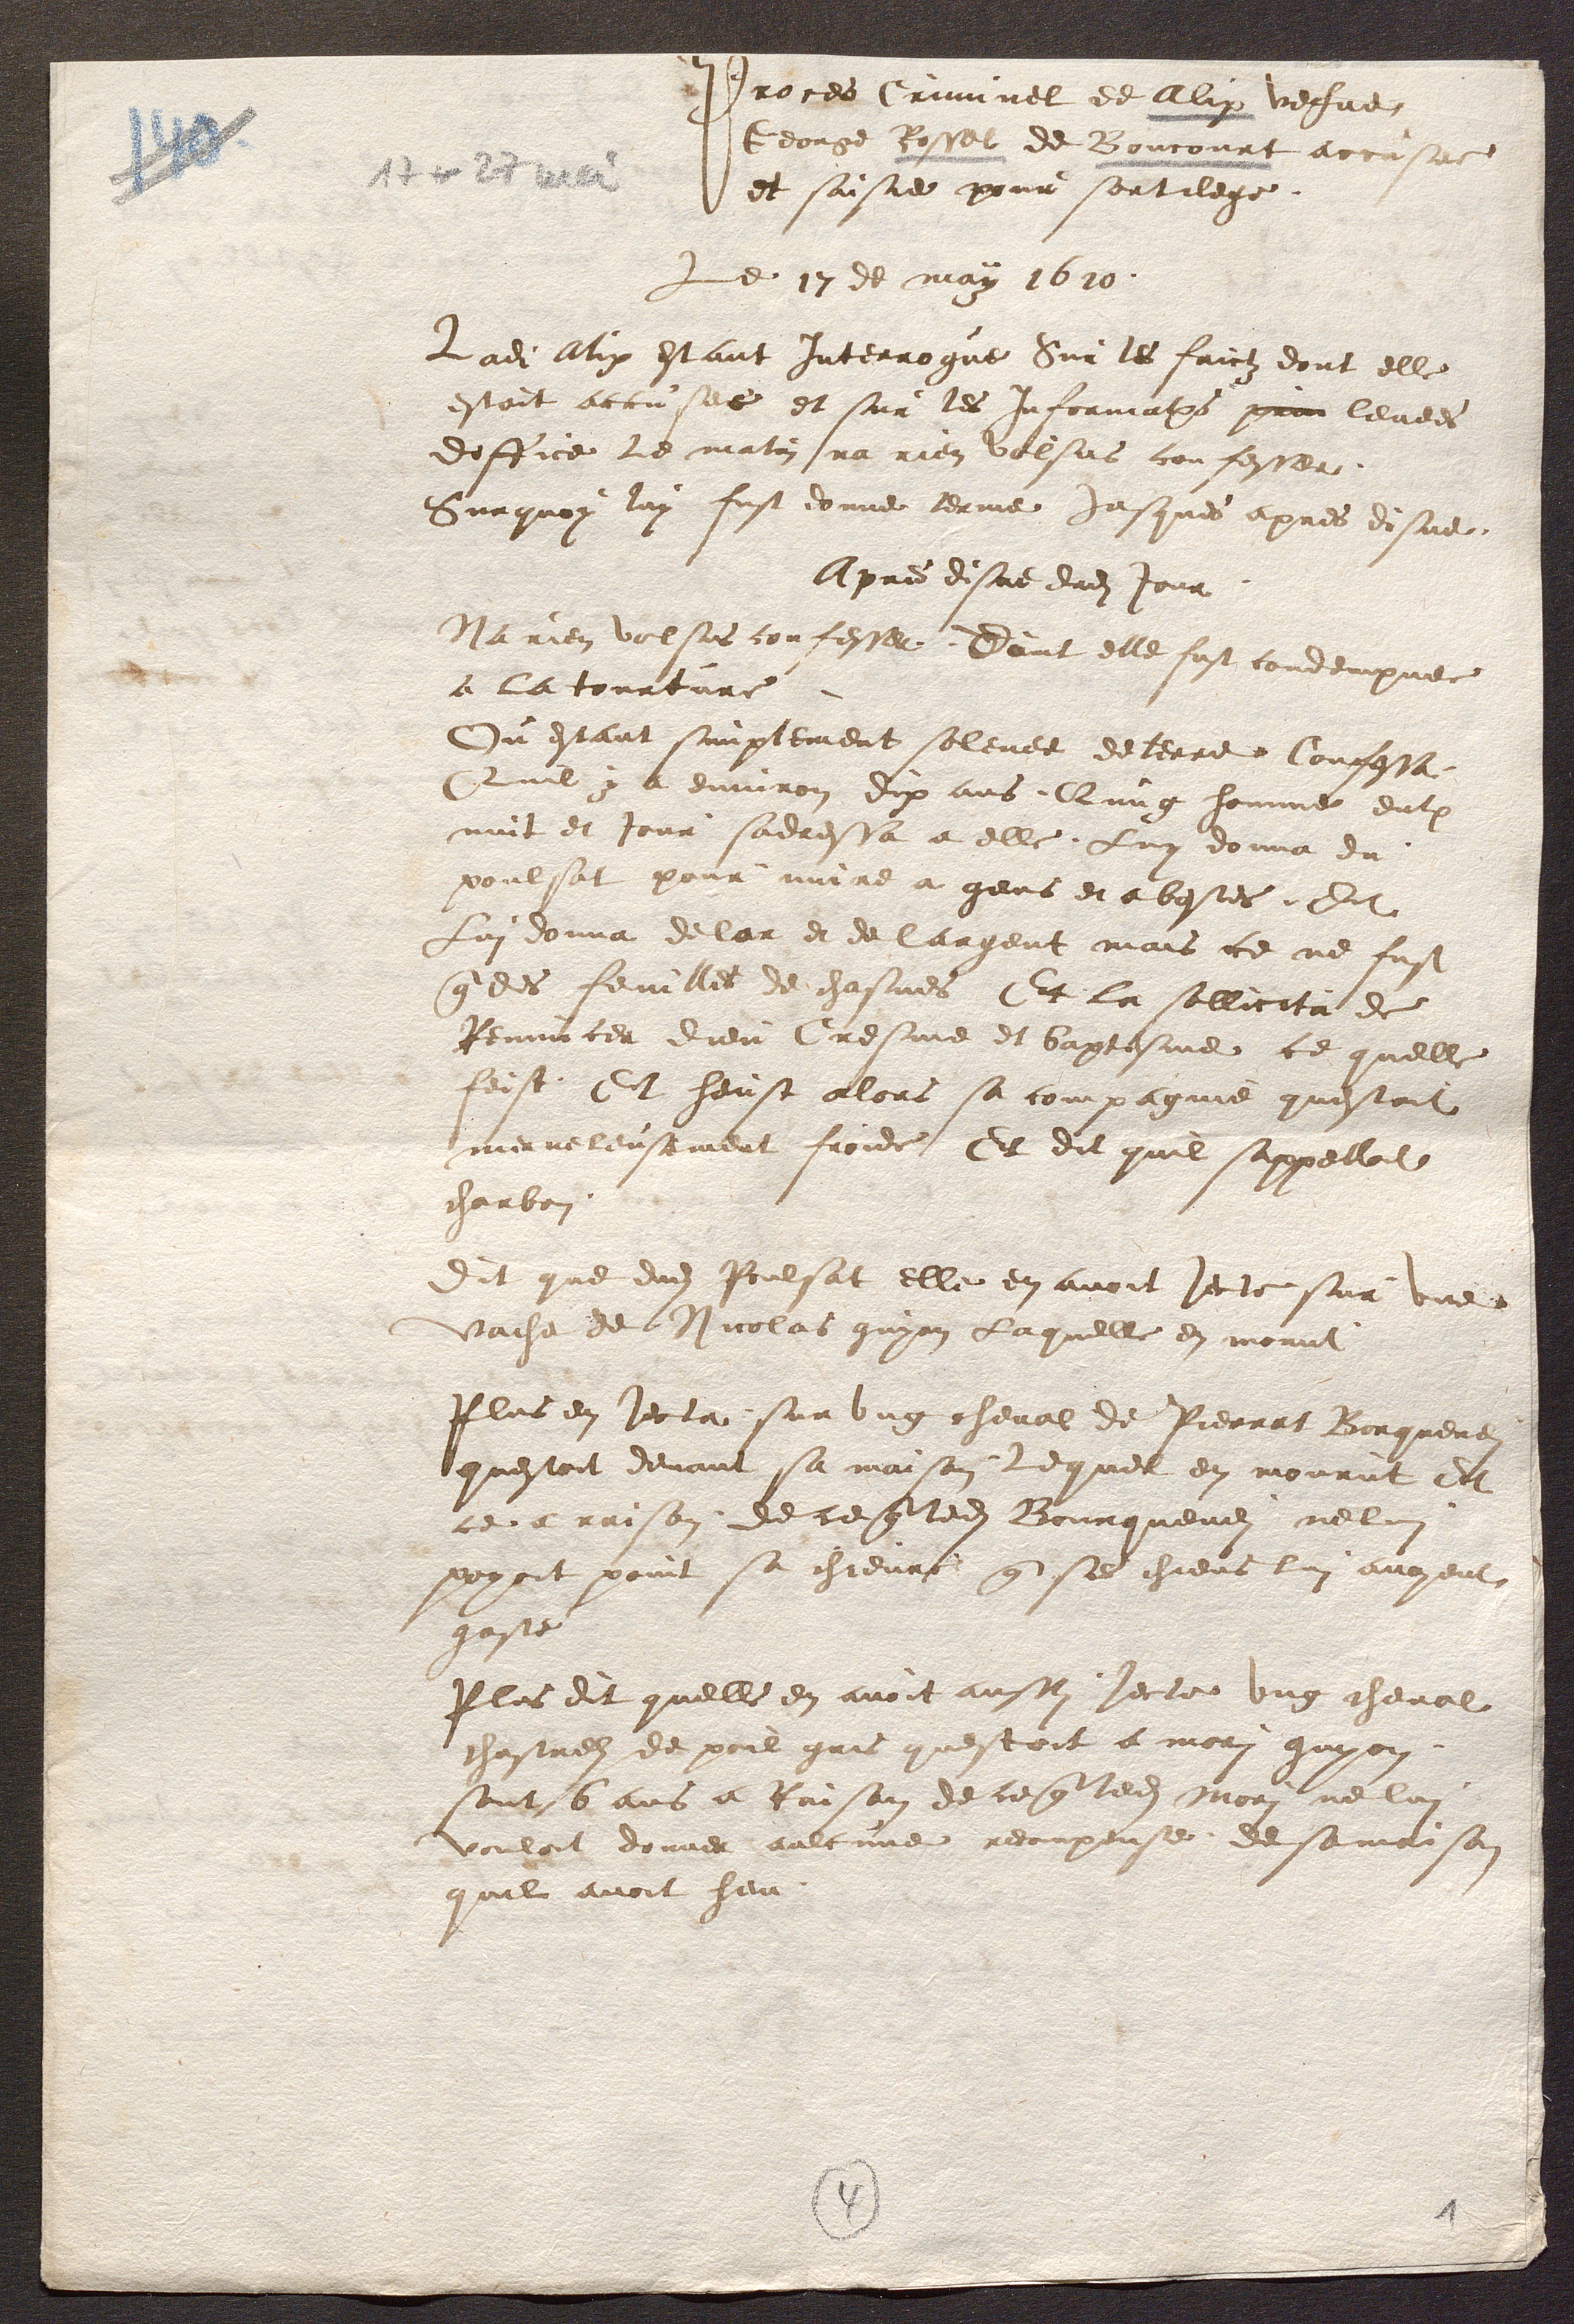
Proces Criminel de Alix vefve
George Rossel de Boncourt accusee 
et saisie pour sortilege 
Le 17 de may 1610 
Ladite Alix estant Interrogue Sur les faictz dont elle 
estoit accusee et sur les Informations  prin levees 
doffice le matin na rien volsus confesser. 
Surquoy luy fust donne terme jusques apres disne. 
Apres disne dudit jour 
Na rien volsus confesser. Dont elle fust condempnee 
a la tourture. 
Ou estant simplement solevee de terre confessa 
Quil y a environ dix ans, Qung homme entre
nuit et jour sadressa a elle. Luy donna du 
poulsat pour nuire a gens et a bestes. Et 
Lui donna de lor et de largent mais ce ne fust 
que des feuilles de chasnes Et la sollicita de 
Renuncer dieu Cresme et baptesme ce quelle 
feist. Et heust alors sa compagnie questoit 
merveleusement froide Et dit quil sappelloit 
charbon. 
Dit que dudit Poulsat elle en avoit jecte sur une 
vache de Nicolas guyon Laquelle en morut 
Plus en jecta sur ung cheval de Pierrat Borquenei 
questoit devant sa maison lequel en mourut Et 
ce a raison de ce que ledit Bourquenei ne lui 
poyoit point sa chievre que ses chiens lui avoient 
gaste 
Plus dit quelle en avoit aussi jecte ung cheval 
chastrels de poil gris questoit a mori guyon, 
sont 6 ans a Raison de ce que ledit Mori ne lui 
vouloit donner aulcune recompense de sa maison 
quil avoit heu.